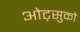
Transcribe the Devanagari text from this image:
ओट्सुको